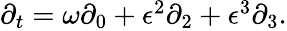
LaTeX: \begin{array}{r}{\partial_{t}=\omega\partial_{0}+\epsilon^{2}\partial_{2}+\epsilon^{3}\partial_{3}.}\end{array}